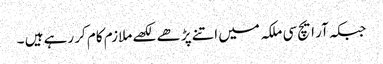
جبکہ آر ایچ سی ملکہ میں اتنے پڑھے لکھے ملازم کام کر رہے ہیں ۔